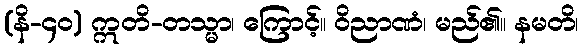
(နိ-၄၀) ဣတိ-တသ္မာ၊ ကြောင့်။ ဝိညာဏံ၊ မည်၏။ နမတိ၊